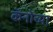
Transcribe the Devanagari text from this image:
कॅनोच्या